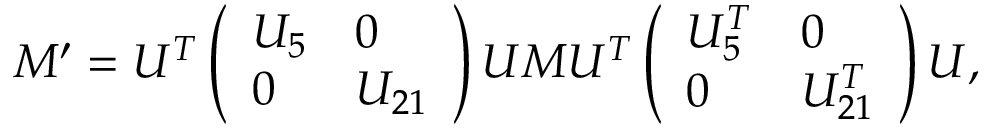
M ^ { \prime } = { \cal U } ^ { T } \left( \begin{array} { l l } { { U _ { 5 } } } & { { 0 } } \\ { { 0 } } & { { U _ { 2 1 } } } \end{array} \right) { \cal U } M { \cal U } ^ { T } \left( \begin{array} { l l } { { U _ { 5 } ^ { T } } } & { { 0 } } \\ { { 0 } } & { { U _ { 2 1 } ^ { T } } } \end{array} \right) { \cal U } ,